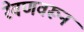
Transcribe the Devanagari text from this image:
रेवणवरून